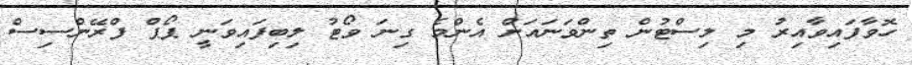
ހޮވާފައިވާއިރު މި ލިސްޓުން ތިންވަނައަށް އެންމެ ގިނަ ވޯޓު ލިބިފައިވަނީ ޕޯޕް ފްރޭންސިސް